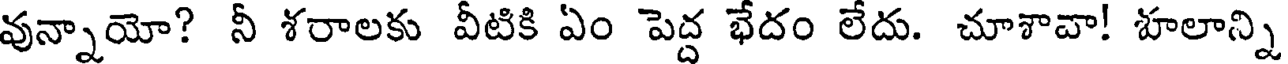
వున్నాయో? నీ శరాలకు వీటికి ఏం పెద్ద భేదం లేదు. చూశావా! హలాన్ని